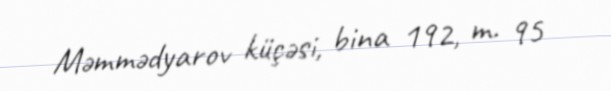
Məmmədyarov küçəsi, bina 192, m. 95